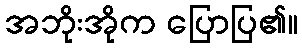
အဘိုးအိုက ပြောပြ၏။